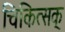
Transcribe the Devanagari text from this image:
चिकित्सक्